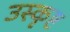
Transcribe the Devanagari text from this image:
उस्कृष्ट